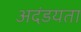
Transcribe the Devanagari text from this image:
अदंडयता